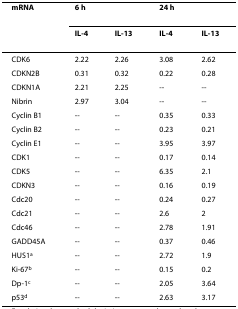
<table><thead><tr><td><b>mRNA</b></td><td><b>6 h</b></td><td></td><td><b>24 h</b></td><td></td></tr><tr><td></td><td><b>IL-4</b></td><td><b>IL-13</b></td><td><b>IL-4</b></td><td><b>IL-13</b></td></tr></thead><tbody><tr><td>CDK6</td><td>2.22</td><td>2.26</td><td>3.08</td><td>2.62</td></tr><tr><td>CDKN2B</td><td>0.31</td><td>0.32</td><td>0.22</td><td>0.28</td></tr><tr><td>CDKN1A</td><td>2.21</td><td>2.25</td><td>--</td><td>--</td></tr><tr><td>Nibrin</td><td>2.97</td><td>3.04</td><td>--</td><td>--</td></tr><tr><td>Cyclin B1</td><td>--</td><td>--</td><td>0.35</td><td>0.33</td></tr><tr><td>Cyclin B2</td><td>--</td><td>--</td><td>0.23</td><td>0.21</td></tr><tr><td>Cyclin E1</td><td>--</td><td>--</td><td>3.95</td><td>3.97</td></tr><tr><td>CDK1</td><td>--</td><td>--</td><td>0.17</td><td>0.14</td></tr><tr><td>CDK5</td><td>--</td><td>--</td><td>6.35</td><td>2.1</td></tr><tr><td>CDKN3</td><td>--</td><td>--</td><td>0.16</td><td>0.19</td></tr><tr><td>Cdc20</td><td>--</td><td>--</td><td>0.24</td><td>0.27</td></tr><tr><td>Cdc21</td><td>--</td><td>--</td><td>2.6</td><td>2</td></tr><tr><td>Cdc46</td><td>--</td><td>--</td><td>2.78</td><td>1.91</td></tr><tr><td>GADD45A</td><td>--</td><td>--</td><td>0.37</td><td>0.46</td></tr><tr><td>HUS1<sup>a</sup></td><td>--</td><td>--</td><td>2.72</td><td>1.9</td></tr><tr><td>Ki-67<sup>b</sup></td><td>--</td><td>--</td><td>0.15</td><td>0.2</td></tr><tr><td>Dp-1<sup>c</sup></td><td>--</td><td>--</td><td>2.05</td><td>3.64</td></tr><tr><td>p53<sup>d</sup></td><td>--</td><td>--</td><td>2.63</td><td>3.17</td></tr></tbody></table>